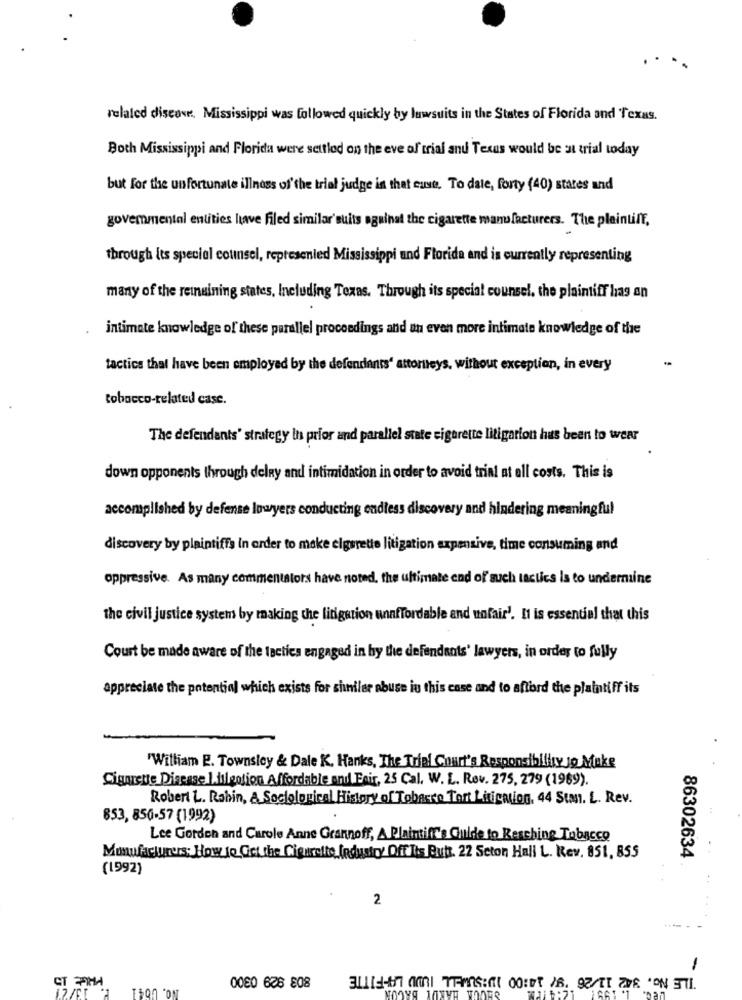
related discover Mississippi was followed quickly by lawsuits in the States of Florida and Texas.
Both Mississippi and Florida were settled on the eve of trial and Texas would be at trial today
but for the unfortunate illness of the trial judge in that case. To date, forty (40) states and
govemmental entities have filed similar'suits oguinat the cigarette manufacturers. The plaintiff,
through its special counsel, represented Mississippi und Florida and is currently representing
many of the reinaining states, Including Texas. Through its special counsel, the plaintiff has an
intimate knowledge of these parallel proceedings and an even more intimate knowledge of the
tactics that have been employed by the defendants' attorneys, without exception, in every
tobacco-related case.
The defendants' strategy in prior and parallel state cigarette litigation hus been to wear
down opponents through delny and intimidation in order to avoid trial at all costs. This is
accomplished by defense lawyers conducting endless discovery and hindering meaningful
discovery by plaintiffs in order to make cigarette litigation expensive, time consuming and
oppressive. As many commentators have noted, the ultimate end of such tactics is to undermine
the civil justice system by making the litigation unaffordable and unfair'. It is essential that this
Court be made aware of the tactics engaged in by the defendants' lawyers, in order to fully
appreciate the potential which exists for siniler abuse in this case and to afford the plaintiff its
"William E. Townsley & Dale K. Hanks, The Trial Court's Responsibility Jo Make
Cigarette Disease I.julgotion Affordable and Esir, 25 Cal. W. L. Rev. 275, 279 (1969).
Robert L. Rabin, A Sociological History of Tobacco Tort Litigation, 44 Stan. L. Rev.
853, 850-57 (1992)
Lee Gordon and Carole Anne Grannoff, A Plaintiff's Guide to Resching Tobacco
Manufacturers: How to Get the Cigurette industry Off Its Butt. 22 Scton Hall L. Rev. 851, 855
86302634
(1992)
2
-
CT 2PHA
NO. 0041
CCA HA!
0080 628 808